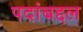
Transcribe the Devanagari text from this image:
पदांबद्दल